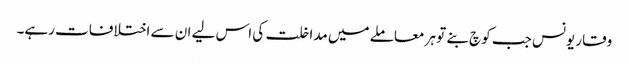
وقار یونس جب کوچ بنے تو ہر معاملے میں مداخلت کی اس لیے ان سے اختلافات رہے۔